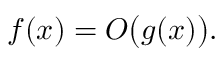
f ( x ) = O { \bigl ( } g ( x ) { \bigr ) } .